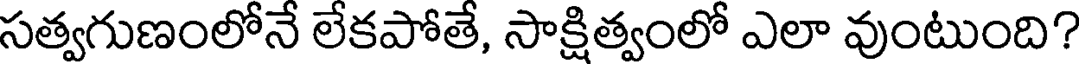
సత్వగుణంలోనే లేకపోతే, సాక్షిత్వంలో ఎలా వుంటుంది?